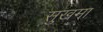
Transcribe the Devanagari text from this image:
सुखमा